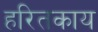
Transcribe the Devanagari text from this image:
हरितकाय